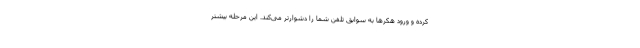
کرده و ورود هکرها به سوابق تلفن شما را دشوارتر می‌کند. این مرحله بیشتر